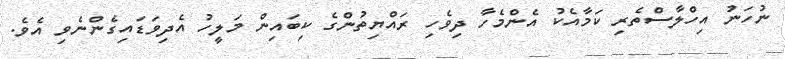
ނުހަނު އިހްލާސްތެރި ކަމާއެކު އެންމެހާ ދިވެހި ރައްޔިތުންގެ ކިބައިން މަލީހު އެދިވަޑައިގެންނެވި އެވެ.